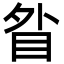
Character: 䀤